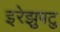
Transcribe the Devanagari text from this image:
इरेझुपटु